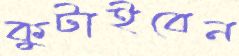
কুটাইবেন